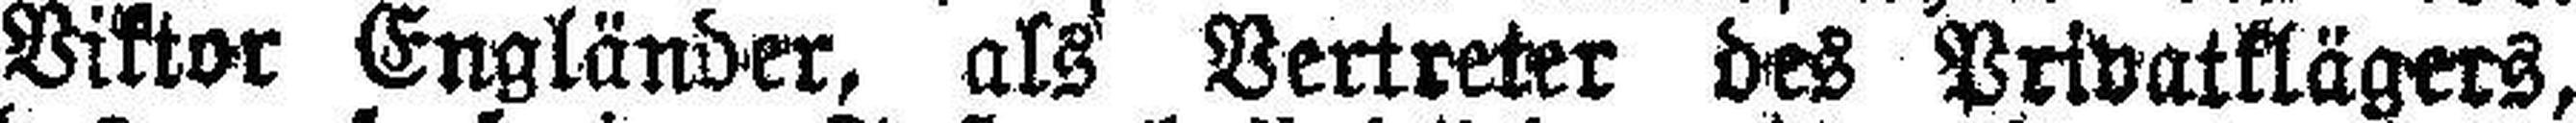
Viktor Engländer, als Vertreter des Privatklägers,